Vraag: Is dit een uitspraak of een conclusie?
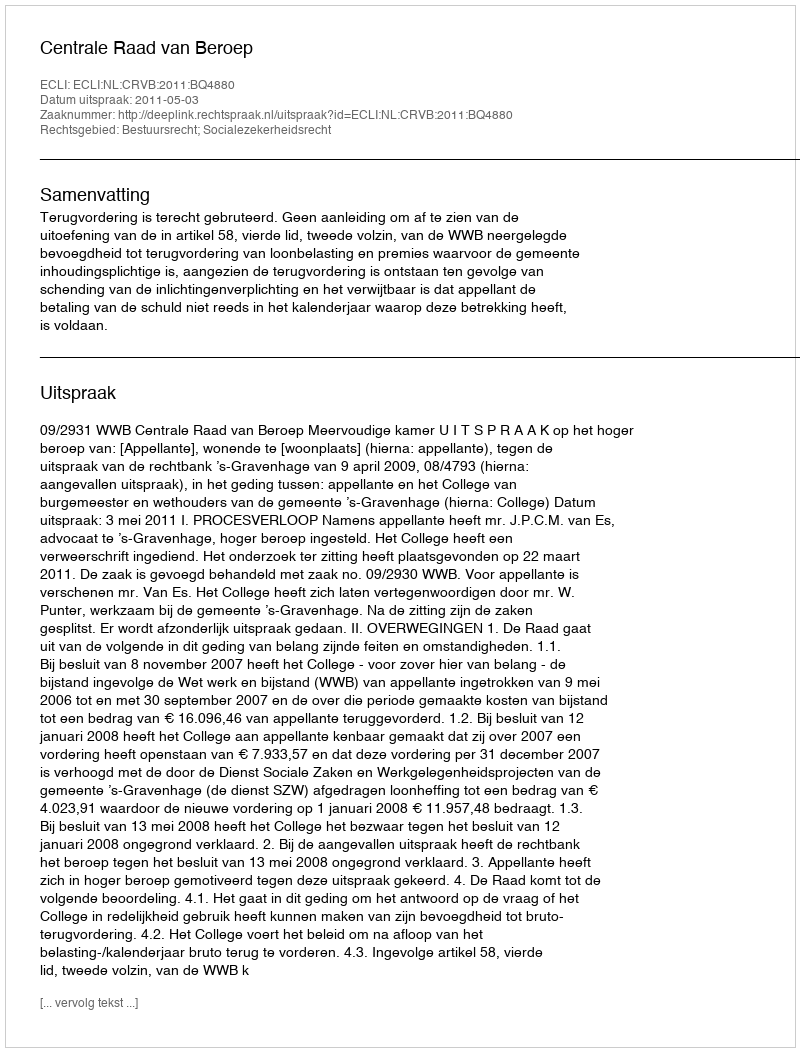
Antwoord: Uitspraak